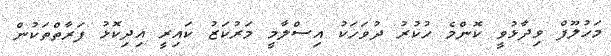
މަހުލޫފް ވިދާޅުވީ ކޮންމެ ހުކުރު ދުވަހަކު އިސްލާމީ މަރުކަޒު ކައިރީ އިދިކޮޅު ފަރާތްތަކުން